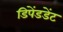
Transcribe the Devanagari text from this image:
डिपेंडडेंट